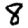
Digit: 8